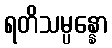
ရတိသမ္ပန္နော